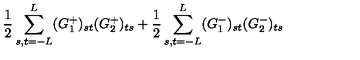
\frac { 1 } { 2 } \sum _ { s , t = - L } ^ { L } ( G _ { 1 } ^ { + } ) _ { s t } ( G _ { 2 } ^ { + } ) _ { t s } + \frac { 1 } { 2 } \sum _ { s , t = - L } ^ { L } ( G _ { 1 } ^ { - } ) _ { s t } ( G _ { 2 } ^ { - } ) _ { t s }